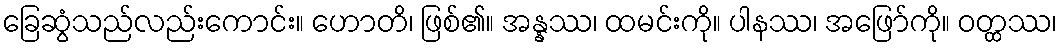
ခြေဆွံသည်လည်းကောင်း။ ဟောတိ၊ ဖြစ်၏။ အန္နဿ၊ ထမင်းကို။ ပါနဿ၊ အဖြော်ကို။ ဝတ္ထဿ၊